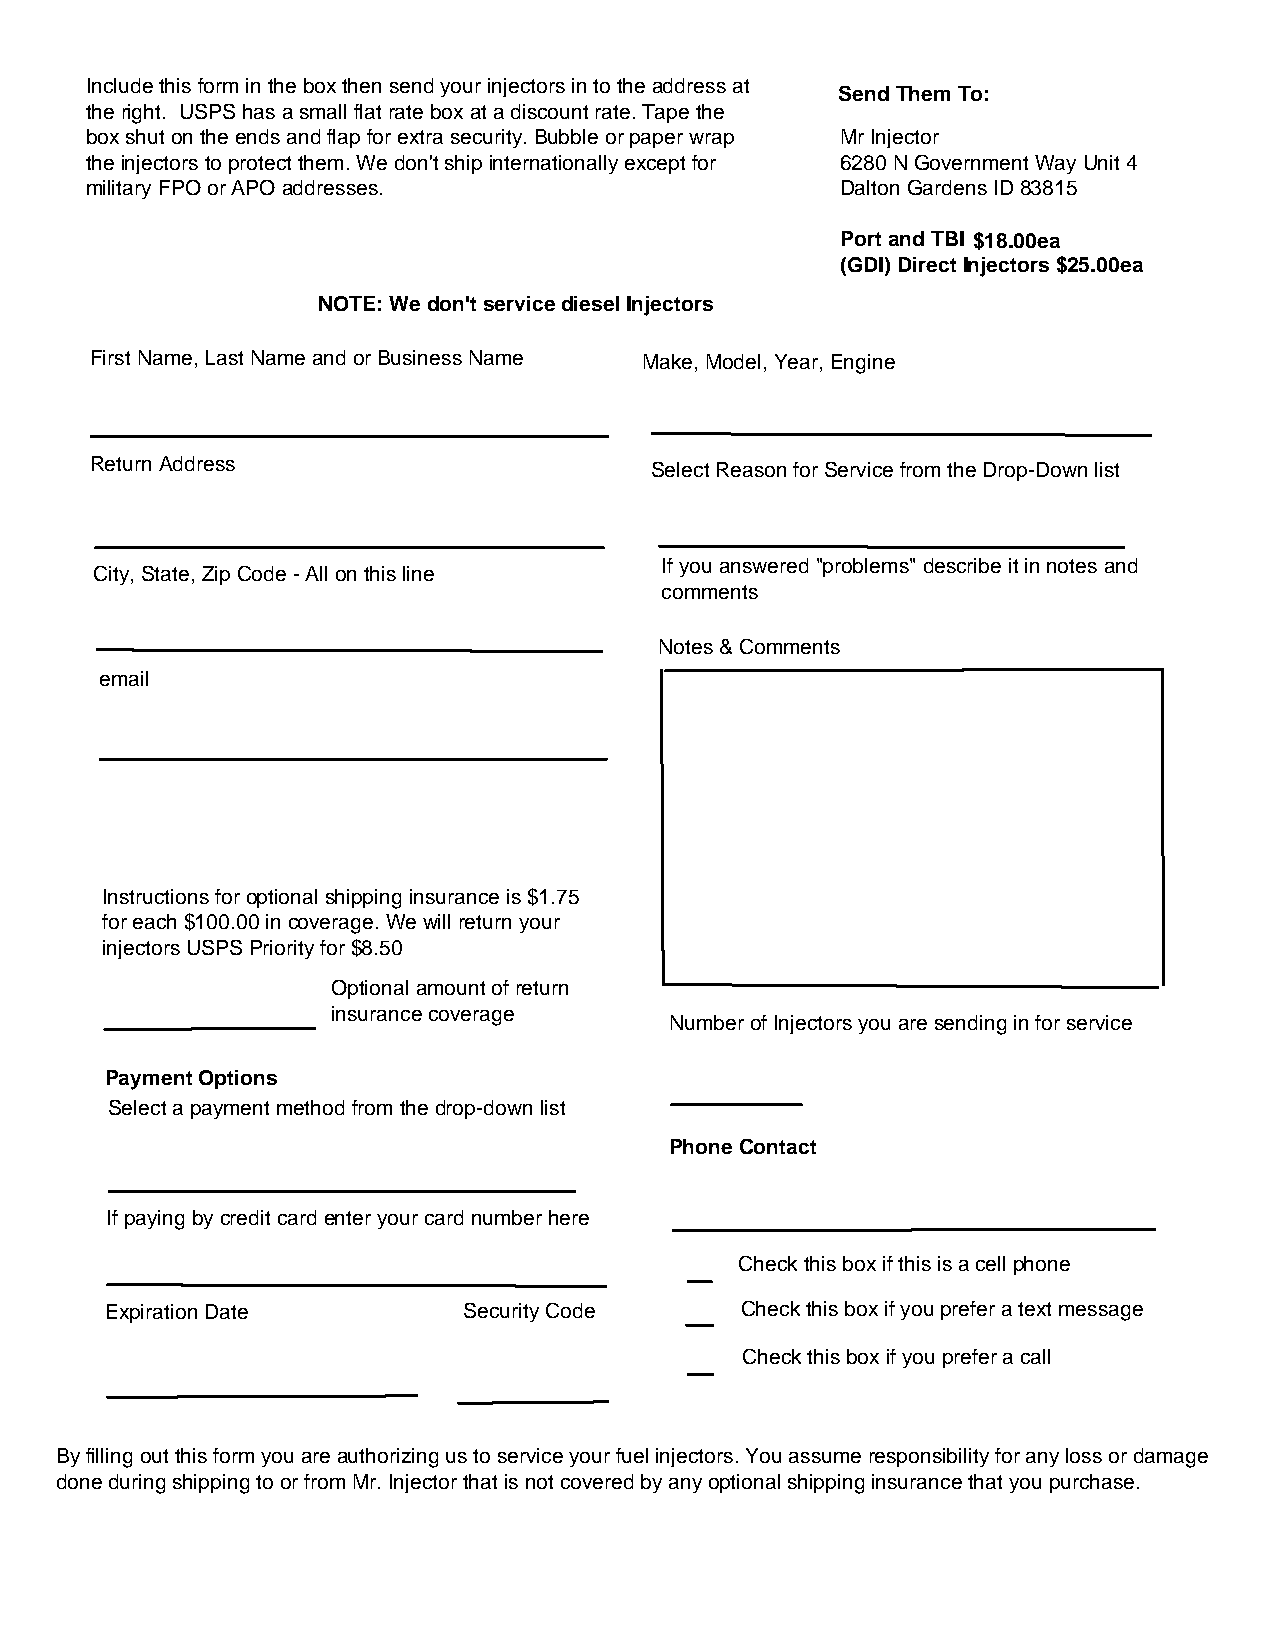
Include this form in the box then send your injectors in to the address at
 Send Them To:
 the right. USPS has a small flat rate box at a discount rate. Tape the
 box shut on the ends and flap for extra security. Bubble or paper wrap Mr Injector
 the injectors to protect them. We don't ship internationally except for 6280 N Government Way Unit 4
 military FPO or APO addresses.                    Dalton Gardens ID 83815
 Port and TBI $$1178..5000eeaa
 (GDI) Direct Injectors $25.00ea
 NOTE: We don't service diesel Injectors
 First Name, Last Name and or Business Name Make, Model, Year, Engine
 Return Address                       Select Reason for Service from the Drop-Down list
 If you answered "problems" describe it in notes and
 City, State, Zip Code - All on this line
 comments
 Notes & Comments
 Pehmoaniel
 email
 Instructions for optional shipping insurance is $1.75
 for each $100.00 in coverage. We will return your
 injectors USPS Priority for $8.50
 Optional amount of return
 insurance coverage
 Number of Injectors you are sending in for service
 Payment Options
 Select a payment method from the drop-down list
 Phone Contact
 If paying by credit card enter your card number here
 C heck this bo x if this is a cell phone
 Expiration Date         Security Code     Check this box if you prefer a text message
 Check this box if you prefer a call
 Instructions for optional shipping insurance is $1.75 for each $100 of coverage you would like
 By filling out this form you are authorizing us to service your fuel injectors. You assume responsibility for any loss or damage
 done during shipping to or from Mr. Injector that is not covered by any optional shipping insurance that you purchase.